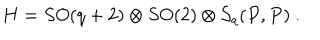
H = S O ( q + 2 ) \otimes S O ( 2 ) \otimes { \cal S } _ { q } ( P , \dot { P } ) \ .